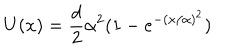
U ( x ) = { \frac { d } { 2 } } \alpha ^ { 2 } ( 1 - e ^ { - ( x / \alpha ) ^ { 2 } } )